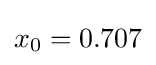
x_{0}=0.707